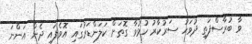
ވާ ބުރާސްފަތި ދުވަހު ސަރުކާރު ހުޅުވާ ގޮތަށް ކަލަންޑަރުގައި އޮވެފައި ދެން އަންނަ